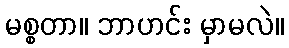
မစ္စတာ။ ဘာဟင်း မှာမလဲ။